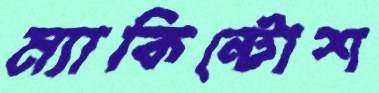
ম্যাকিন্টোশ